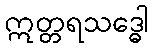
ဣတ္တရသဒ္ဓေါ